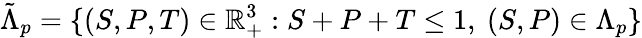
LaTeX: \tilde{\Lambda}_{p}=\{ (S,P,T)\in\mathbb{R}_{+}^{3}:S+P+T\le 1,\ (S,P)\in\Lambda_{p}\}